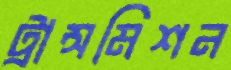
ট্রান্সমিশন